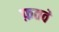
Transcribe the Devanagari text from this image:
फ़तवे